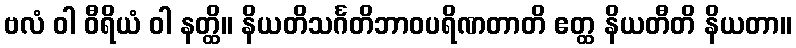
ဗလံ ဝါ ဝီရိယံ ဝါ နတ္ထိ။ နိယတိသင်္ဂတိဘာဝပရိဏတာတိ ဧတ္ထ နိယတီတိ နိယတာ။